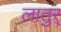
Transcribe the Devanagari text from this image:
लातुर्